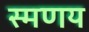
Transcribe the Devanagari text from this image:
स्मणय